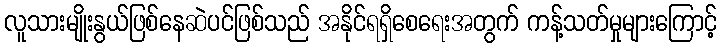
လူသားမျိုးနွယ်ဖြစ်နေဆဲပင်ဖြစ်သည် အနိုင်ရရှိစေရေးအတွက် ကန့်သတ်မှုများကြောင့်